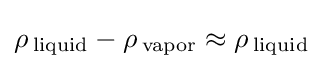
\rho \,_{\rm {liquid}}-\rho \,_{\rm {vapor}}\approx \rho \,_{\rm {liquid}}